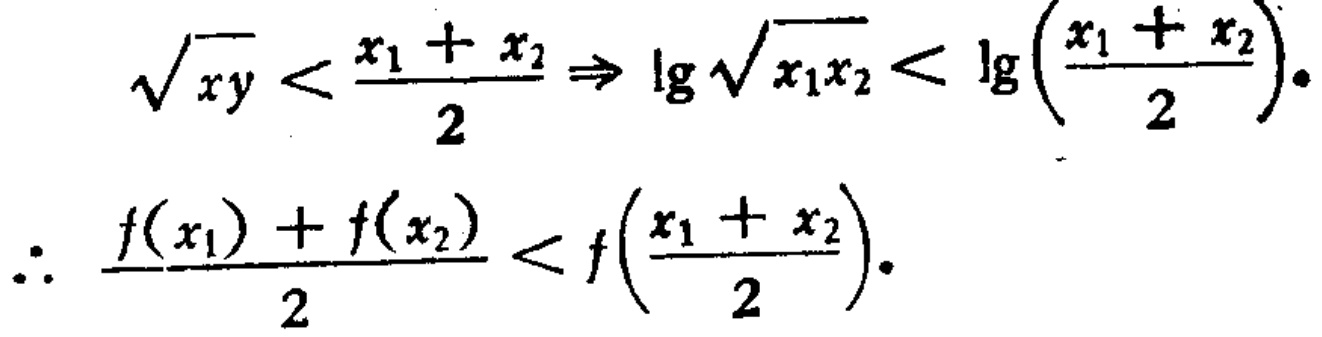
\[\sqrt{xy} < \frac{x_1 + x_2}{2} \Rightarrow \lg\sqrt{x_1x_2} < \lg\left(\frac{x_1 + x_2}{2}\right).\]

\[\therefore \frac{f(x_1)+f(x_2)}{2} < f\left(\frac{x_1 + x_2}{2}\right).\]